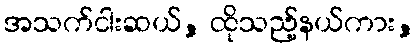
အသက်ငါးဆယ်, ထိုသည့်နယ်ကား,